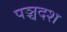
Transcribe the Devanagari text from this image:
पञ्चदश